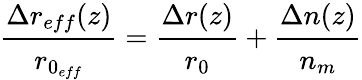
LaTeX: \cfrac{\Delta r_{eff}(z)}{r_{0_{eff}}}=\cfrac{\Delta r(z)}{r_{0}}+\cfrac{\Delta n(z)}{n_{m}}